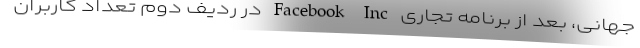
جهانی، بعد از برنامه تجاری Facebook Inc در ردیف دوم تعداد کاربران